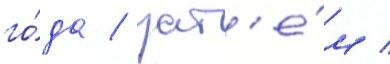
го́да / зат'е́м /